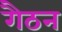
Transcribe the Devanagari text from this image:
गैठन